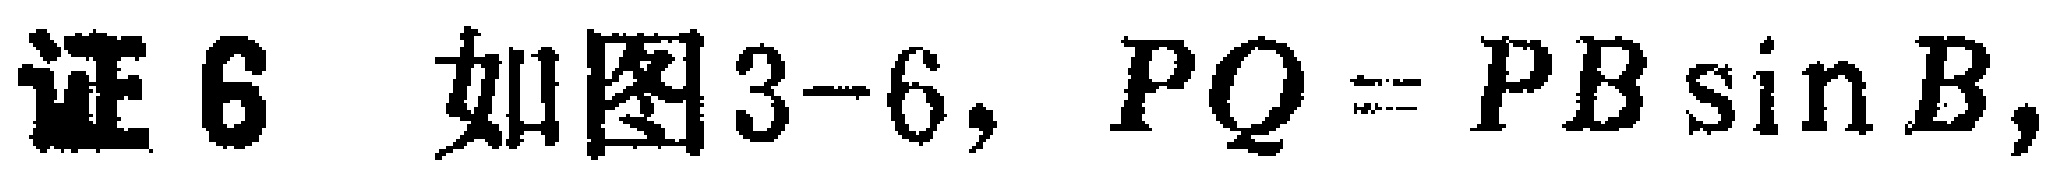
证6 如图3-6, \(PQ = PB\sin B\)，